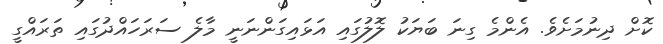
ކޮށް ދިނުމަށެވެ. އެންމެ ގިނަ ބަޔަކު ލޮލުގައި އަޅައިގަންނަނީ މާލެ ސަރަހައްދުގައި ތަރައްގީ